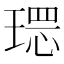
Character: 𱯒